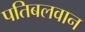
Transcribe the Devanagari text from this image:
पतिबलवान